Indian journal of veterinary science and animal husbandry - Volume 3,
Year: 1933
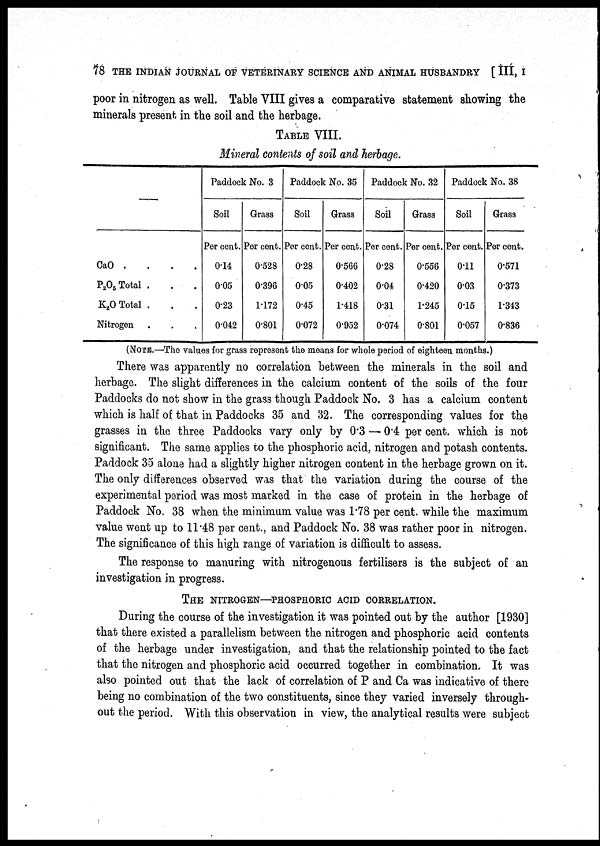
78 THE INDIAN JOURNAL OF VETERINARY SCIENCE AND ANIMAL HUSBANDRY [ III, I
poor in nitrogen as well. Table VIII gives a comparative statement showing the
minerals present in the soil and the herbage.
TABLE VIII.
Mineral contents of soil and herbage.
—
CaO . . . .
P 2 O 5 Total . . .
K 2 O Total . . .
Nitrogen . . .
Paddock No. 3
Soil
Per cent.
0.14
0.05
0.23
0.042
Grass
Per cent.
0.528
0.396
1.172
0.801
Paddock No. 35
Soil
Per cent.
0.28
0.05
0.45
0.072
Grass
Per cent.
0.566
0.402
1.418
0.952
Paddock No. 32
Soil
Per cent.
0.28
0.04
0.31
0.074
Grass
Per cent.
0.556
0.420
1.245
0.801
Paddock No. 38
Soil
Per cent.
0.11
0.03
0.15
0.057
Grass
Per cent.
0.571
0.373
1.343
0.836
(NOTE.—The values for grass represent the means for whole period of eighteen months.)
There was apparently no correlation between the minerals in the soil and
herbage. The slight differences in the calcium content of the soils of the four
Paddocks do not show in the grass though Paddock No. 3 has a calcium content
which is half of that in Paddocks 35 and 32. The corresponding values for the
grasses in the three Paddocks vary only by 0.3 — 0.4 per cent. which is not
significant. The same applies to the phosphoric acid, nitrogen and potash contents.
Paddock 35 alone had a slightly higher nitrogen content in the herbage grown on it.
The only differences observed was that the variation during the course of the
experimental period was most marked in the case of protein in the herbage of
Paddock No. 38 when the minimum value was 1.78 per cent. while the maximum
value went up to 11.48 per cent., and Paddock No. 38 was rather poor in nitrogen.
The significance of this high range of variation is difficult to assess.
The response to manuring with nitrogenous fertilisers is the subject of an
investigation in progress.
THE NITROGEN—PHOSPHORIC ACID CORRELATION.
During the course of the investigation it was pointed out by the author [1930]
that there existed a parallelism between the nitrogen and phosphoric acid contents
of the herbage under investigation, and that the relationship pointed to the fact
that the nitrogen and phosphoric acid occurred together in combination. It was
also pointed out that the lack of correlation of P and Ca was indicative of there
being no combination of the two constituents, since they varied inversely through-
out the period. With this observation in view, the analytical results were subject